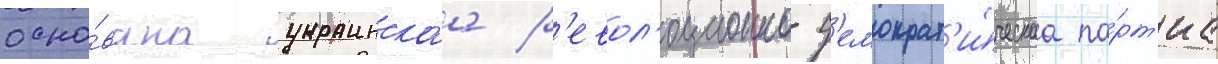
осно́вана украинскаа р'евол'юционно-д'емократ'и́ческаа па́рт'иа